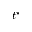
t ^ { \star }